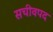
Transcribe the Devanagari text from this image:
सचीवपद